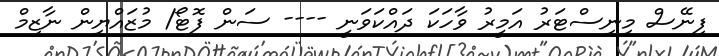
ފިނޭސް މިނިސްޓަރު އަމީރު ވާހަކަ ދައްކަވަނީ ---- ސަން ފޮޓޯ/ މުޒައްޔިން ނާޒިމް